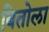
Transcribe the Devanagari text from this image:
बितोला